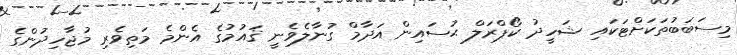
މިސަބަބުތަކަށްޓަކައި ޝަހީދު ކޯޕްރަލް ޙުސައިން އަދާމް ގުނާލެވެނީ ޤައުމުގެ އެންމެ މަތިވެރި މުޖާހިދުންގެ